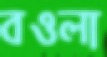
বওলা